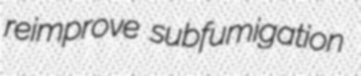
reimprove subfumigation